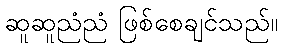
ဆူဆူညံညံ ဖြစ်စေချင်သည်။